Notes on vaccination in the North-West Frontier Province 1923-1928 - 1923-1928
Year: 1923
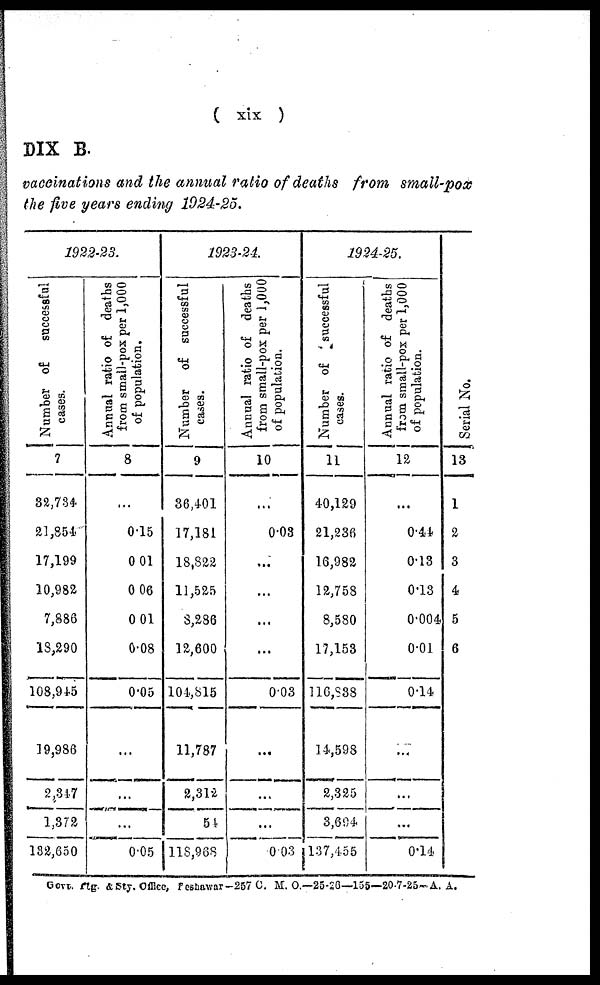
(xix)
DIX B.
vaccinations and the annual ratio of deaths from small-pox
the five years ending 1924-25.
1922-23.
Number of
successful
cases.
7
32,734
21,854
17,199
10,982
7,886
18,290
108,945
19,986
2,347
1,372
182,650
Annual ratio of deaths
from small-pox per 1,000
of population.
8
...
0.15
0.01
0.06
0.01
0.08
0.05
...
...
...
0.05
1923-24.
Number of successful
cases.
9
36,401
17,181
18,822
11,525
8,286
12,600
104,815
11,787
2,312
54
118,968
Annual ratio of deaths
from small-pox per 1,000
of population.
10
...
0.03
...
...
...
...
0.03
...
...
...
0.03
1924-25.
Number of
successful
cases.
11
40,129
21,236
16,982
12,758
8,580
17,153
116,838
14,598
2,325
3,694
137,455
Annual ratio of deaths
from small-pox per 1,000
of population.
12
...
0.44
0.13
0.13
0.004
0.01
0.14
...
...
...
0.14
Serial No.
13
1
2
3
4
5
6
Govt. flg. & Sty. Office,Peshawar-257 C. M. O.—25-26—155—20-7-25—A. A.